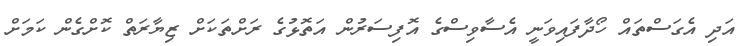
އަދި އެގަސްތައް ހޯދާފައިވަނީ އެސާވިސްގެ އޮފިސަރުން އަތޮޅުގެ ރަށްތަކަށް ޒިޔާރަތް ކޮށްގެން ކަމަށް